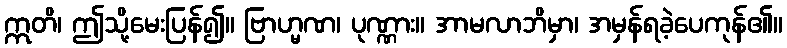
ဣတိ၊ ဤသို့မေးပြန်၍။ ဗြာဟ္မဏ၊ ပုဏ္ဏား။ အာမလာဘိမှာ၊ အမှန်ရခဲ့ပေကုန်၏။